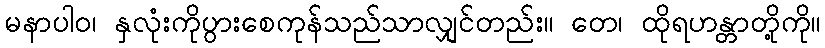
မနာပါဝ၊ နှလုံးကိုပွားစေကုန်သည်သာလျှင်တည်း။ တေ၊ ထိုရဟန္တာတို့ကို။